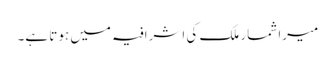
میرا شمار ملک کی اشرافیہ میں ہوتا ہے۔